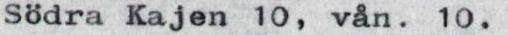
Södra Kajen 10, vån. 10.